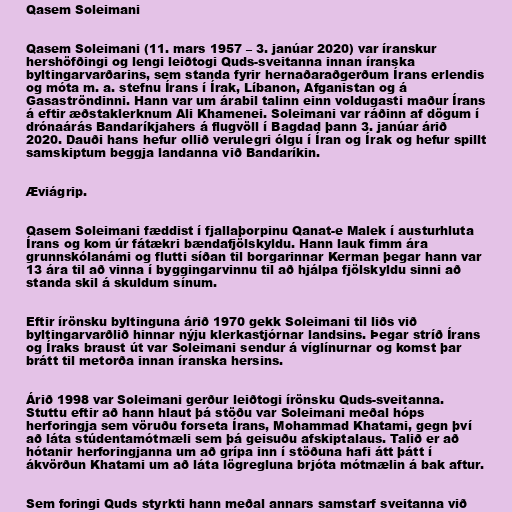
Qasem Soleimani

Qasem Soleimani (11. mars 1957 – 3. janúar 2020) var íranskur
hershöfðingi og lengi leiðtogi Quds-sveitanna innan íranska
byltingarvarðarins, sem standa fyrir hernaðaraðgerðum Írans erlendis
og móta m. a. stefnu Írans í Írak, Líbanon, Afganistan og á
Gasaströndinni. Hann var um árabil talinn einn voldugasti maður Írans
á eftir æðstaklerknum Ali Khamenei. Soleimani var ráðinn af dögum í
drónaárás Bandaríkjahers á flugvöll í Bagdad þann 3. janúar árið
2020. Dauði hans hefur ollið verulegri ólgu í Íran og Írak og hefur spillt
samskiptum beggja landanna við Bandaríkin.

Æviágrip.

Qasem Soleimani fæddist í fjallaþorpinu Qanat-e Malek í austurhluta
Írans og kom úr fátækri bændafjölskyldu. Hann lauk fimm ára
grunnskólanámi og flutti síðan til borgarinnar Kerman þegar hann var
13 ára til að vinna í byggingarvinnu til að hjálpa fjölskyldu sinni að
standa skil á skuldum sínum.

Eftir írönsku byltinguna árið 1970 gekk Soleimani til liðs við
byltingarvarðlið hinnar nýju klerkastjórnar landsins. Þegar stríð Írans
og Íraks braust út var Soleimani sendur á víglínurnar og komst þar
brátt til metorða innan íranska hersins.

Árið 1998 var Soleimani gerður leiðtogi írönsku Quds-sveitanna.
Stuttu eftir að hann hlaut þá stöðu var Soleimani meðal hóps
herforingja sem vöruðu forseta Írans, Mohammad Khatami, gegn því
að láta stúdentamótmæli sem þá geisuðu afskiptalaus. Talið er að
hótanir herforingjanna um að grípa inn í stöðuna hafi átt þátt í
ákvörðun Khatami um að láta lögregluna brjóta mótmælin á bak aftur.

Sem foringi Quds styrkti hann meðal annars samstarf sveitanna við